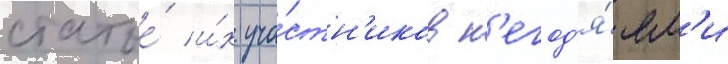
статье́ и́х уча́стн'иков н'егод'я́ям'и